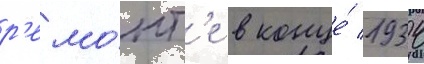
р'емо́нт'е в конце́ 1934